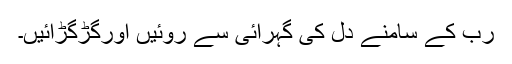
رب کے سامنے دل کی گہرائی سے روئیں اورگڑگڑائیں۔